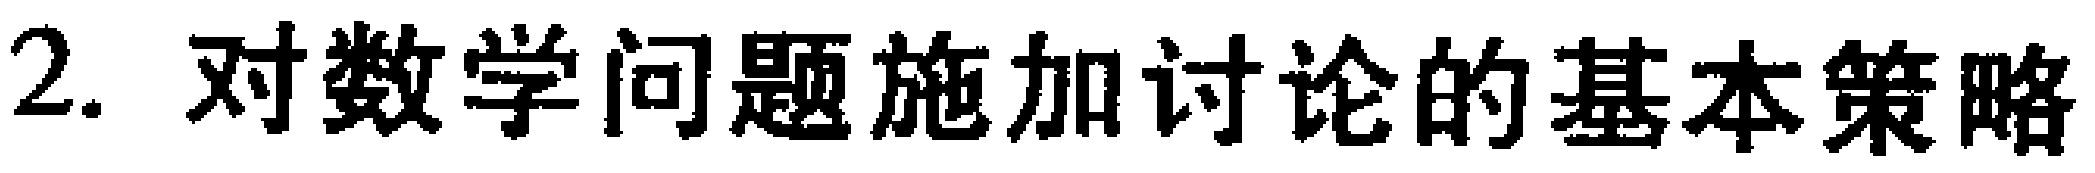
2. 对数学问题施加讨论的基本策略